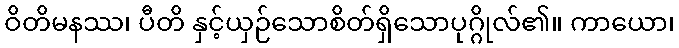
ဝိတိမနဿ၊ ပီတိ နှင့်ယှဉ်သောစိတ်ရှိသောပုဂ္ဂိုလ်၏။ ကာယော၊